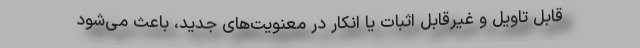
قابل تاویل و غیرقابل اثبات یا انکار در معنویت‌های جدید، باعث می‌شود